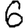
Digit: 6